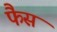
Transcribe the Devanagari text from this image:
फैस